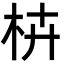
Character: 枿